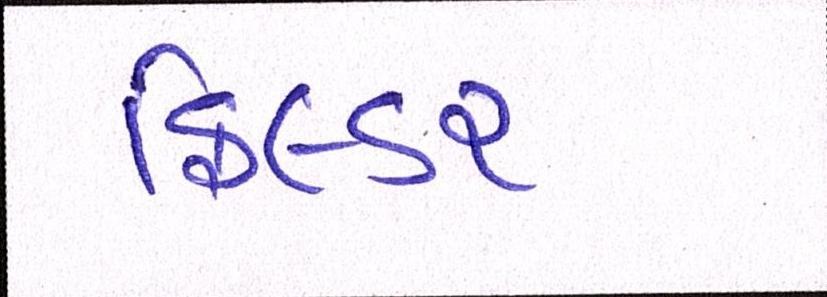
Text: ફિલ્ડર